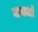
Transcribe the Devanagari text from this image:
बाबाओं